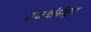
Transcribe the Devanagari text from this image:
राजधांनीतून